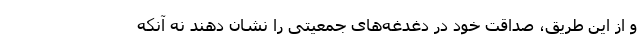
و از این طریق، صداقت خود در دغدغه‌های جمعیتی را نشان دهند نه آنکه